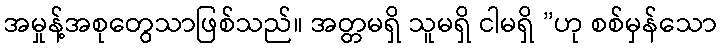
အမှုန့်အစုတွေသာဖြစ်သည်။ အတ္တမရှိ သူမရှိ ငါမရှိ ”ဟု စစ်မှန်သော